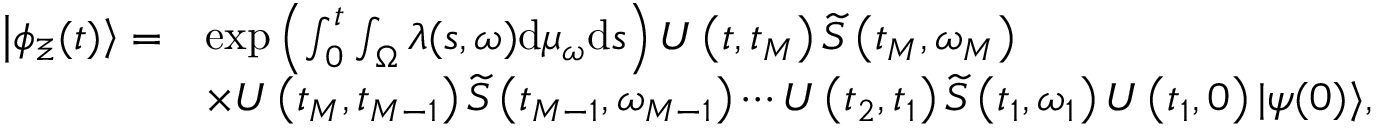
\begin{array} { r l } { \left| \phi _ { \Xi } ( t ) \right\rangle = } & { \exp \left( \int _ { 0 } ^ { t } \int _ { \Omega } \lambda ( s , \omega ) \mathrm { d } \mu _ { \omega } \mathrm { d } s \right) U \left( t , t _ { M } \right) \widetilde { S } \left( t _ { M } , \omega _ { M } \right) } \\ & { \times U \left( t _ { M } , t _ { M - 1 } \right) \widetilde { S } \left( t _ { M - 1 } , \omega _ { M - 1 } \right) \cdots U \left( t _ { 2 } , t _ { 1 } \right) \widetilde { S } \left( t _ { 1 } , \omega _ { 1 } \right) U \left( t _ { 1 } , 0 \right) | \psi ( 0 ) \rangle , } \end{array}